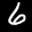
Label: 6